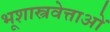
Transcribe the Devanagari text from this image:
भूशास्त्रवेत्ताओं